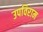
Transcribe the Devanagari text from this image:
उपविराम